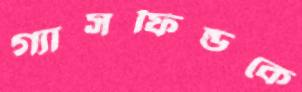
গ্যাসফিল্ডকে